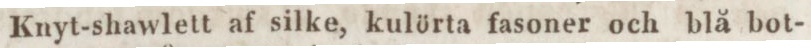
Knyt-shawlett af silke, kulörta fasoner och blå bot-